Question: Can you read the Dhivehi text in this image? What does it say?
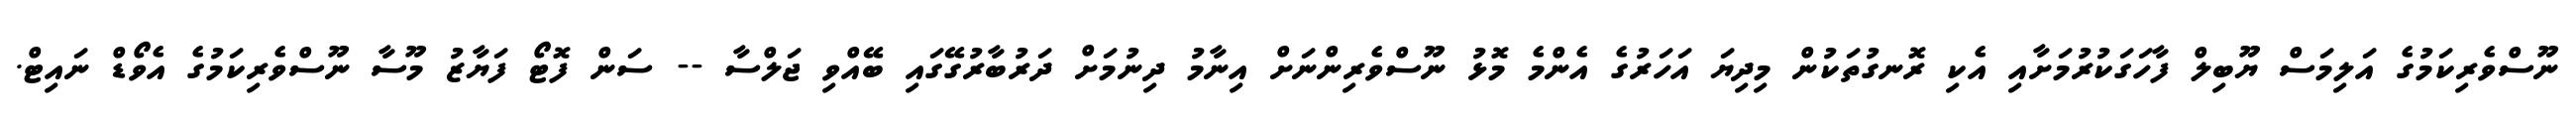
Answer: ނޫސްވެރިކަމުގެ އަލިމަސް ޔޫބިލް ފާހަގަކުރުމަށާއި އެކި ރޮނގުތަކުން މިދިޔަ އަހަރުގެ އެންމެ މޮޅު ނޫސްވެރިންނަށް އިނާމު ދިނުމަށް ދަރުބާރުގޭގައި ބޭއްވި ޖަލްސާ -- ސަން ފޮޓޯ ފަޔާޒު މޫސާ ނޫސްވެރިކަމުގެ އެވޯޑް ނައިޓް.